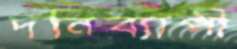
দনিব্যাপী